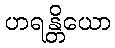
ဟရန္တိယော